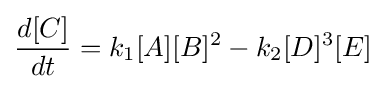
{\frac {d[C]}{dt}}=k_{1}[A][B]^{2}-k_{2}[D]^{3}[E]